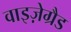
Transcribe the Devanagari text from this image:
वाइज़ेग्रैड